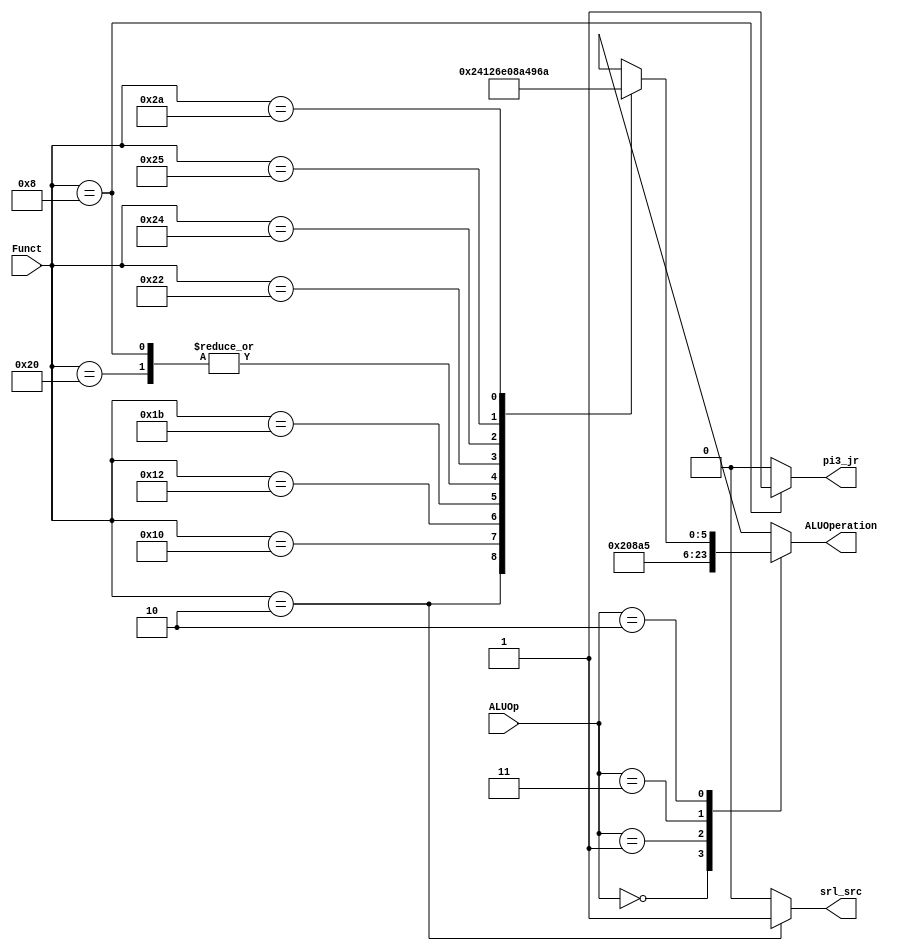
/*
	Title:	ALU Control Unit
	Author: Garfield (Computer System and Architecture Lab, ICE, CYCU)
	Input Port
		1. ALUOp: aluOn+O-OLO
		2. Funct: pGOLOho6XP_
	Output Port
		1. ALUOperation: XO
*/

module alu_ctl(ALUOp, Funct, ALUOperation, pi3_jr, srl_src);
    input [1:0] ALUOp;
    input [5:0] Funct;
	output pi3_jr ;
    output [5:0] ALUOperation;
    reg    [5:0] ALUOperation;
	reg pi3_jr ;
	output srl_src ;
	reg srl_src ;
    // symbolic constants for instruction function code
    parameter F_add = 6'd32;
    parameter F_sub = 6'd34;
    parameter F_and = 6'd36;
    parameter F_or  = 6'd37;
    parameter F_slt = 6'd42;
    parameter F_jr = 6'd8;
    parameter F_divu = 6'd27;
    parameter F_mfhi = 6'd16;
    parameter F_mflo = 6'd18;
	parameter F_srl = 6'd2;
    // symbolic constants for ALU Operations
    parameter ALU_add = 3'b010;
    parameter ALU_sub = 3'b110;
    parameter ALU_and = 3'b000;
    parameter ALU_or  = 3'b001;
    parameter ALU_slt = 3'b111;
 

    always @(ALUOp or Funct)
    begin
        case (ALUOp) 
            2'b00 : ALUOperation = F_add;
            2'b01 : ALUOperation = F_sub;
			2'b11 : ALUOperation = F_or;
            2'b10 : case (Funct) 
						F_srl : ALUOperation = F_srl;
						F_mfhi : ALUOperation = F_mfhi;
						F_mflo : ALUOperation = F_mflo;
						F_divu : ALUOperation = F_divu;
						F_jr : ALUOperation = F_add;
                        F_add : ALUOperation = F_add;
                        F_sub : ALUOperation = F_sub;
                        F_and : ALUOperation = F_and;
                        F_or  : ALUOperation = F_or;
                        F_slt : ALUOperation = F_slt;
                        default ALUOperation = 6'bxxx;
                    endcase
            default ALUOperation = 6'bxxx;
        endcase
			if ( Funct == 6'd8)
				pi3_jr = 1'd1 ;
			else
				pi3_jr = 1'd0 ;
				
			if ( Funct == 6'd2)
				srl_src = 1'd1 ;
			else
				srl_src = 1'd0 ;
				
    end
endmodule